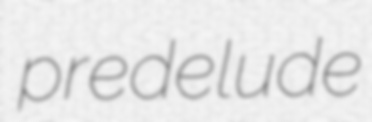
predelude